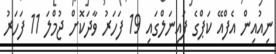
ނިއުއިން އެފްއޭ ކަޕްގެ ފައިނަލްގައި 19 ފަހަރު ވާދަކޮށް ޖުމްލަ 11 ފަހަރު